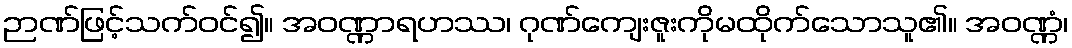
ဉာဏ်ဖြင့်သက်ဝင်၍။ အဝဏ္ဏာရဟဿ၊ ဂုဏ်ကျေးဇူးကိုမထိုက်သောသူ၏။ အဝဏ္ဏံ၊